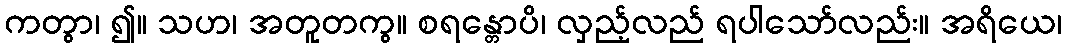
ကတွာ၊ ၍။ သဟ၊ အတူတကွ။ စရန္တောပိ၊ လှည့်လည် ရပါသော်လည်း။ အရိယေ၊